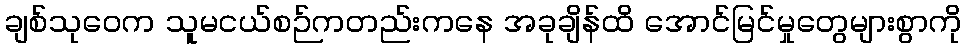
ချစ်သုဝေက သူမငယ်စဉ်ကတည်းကနေ အခုချိန်ထိ အောင်မြင်မှုတွေများစွာကို